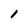
Character: l